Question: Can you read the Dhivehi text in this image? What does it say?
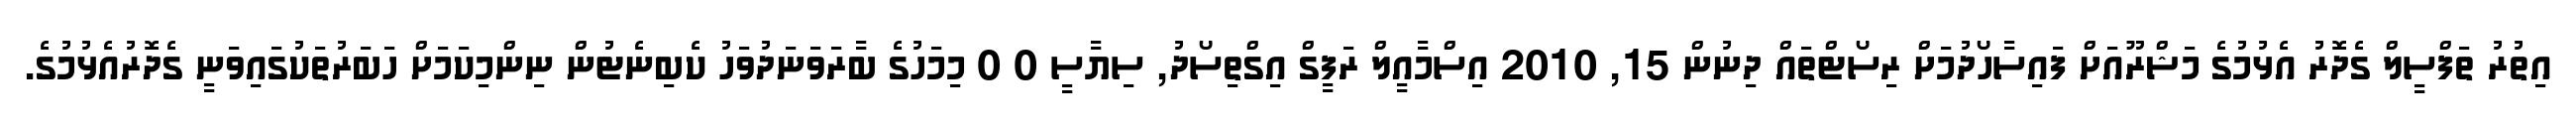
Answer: އިތުރު ތަފްސީލް ގެދޮރު އެޅުމުގެ މަޝްރޫއަށް ފައިސާހޯދުމަށް ރިސޯޓްތައް ދިނުން 15, 2010 އިސްމާއީލް ރަފީގް އިގްތިސޯދު, ސިޔާސީ 0 0 މިމަހުގެ ބާރަވަނަދުވަހު ކެބިނެޓުން ނިންމިކަމަށް ހަބަރުތަކުގައިވަނީ ގެދޮރުއެޅުމުގެ.